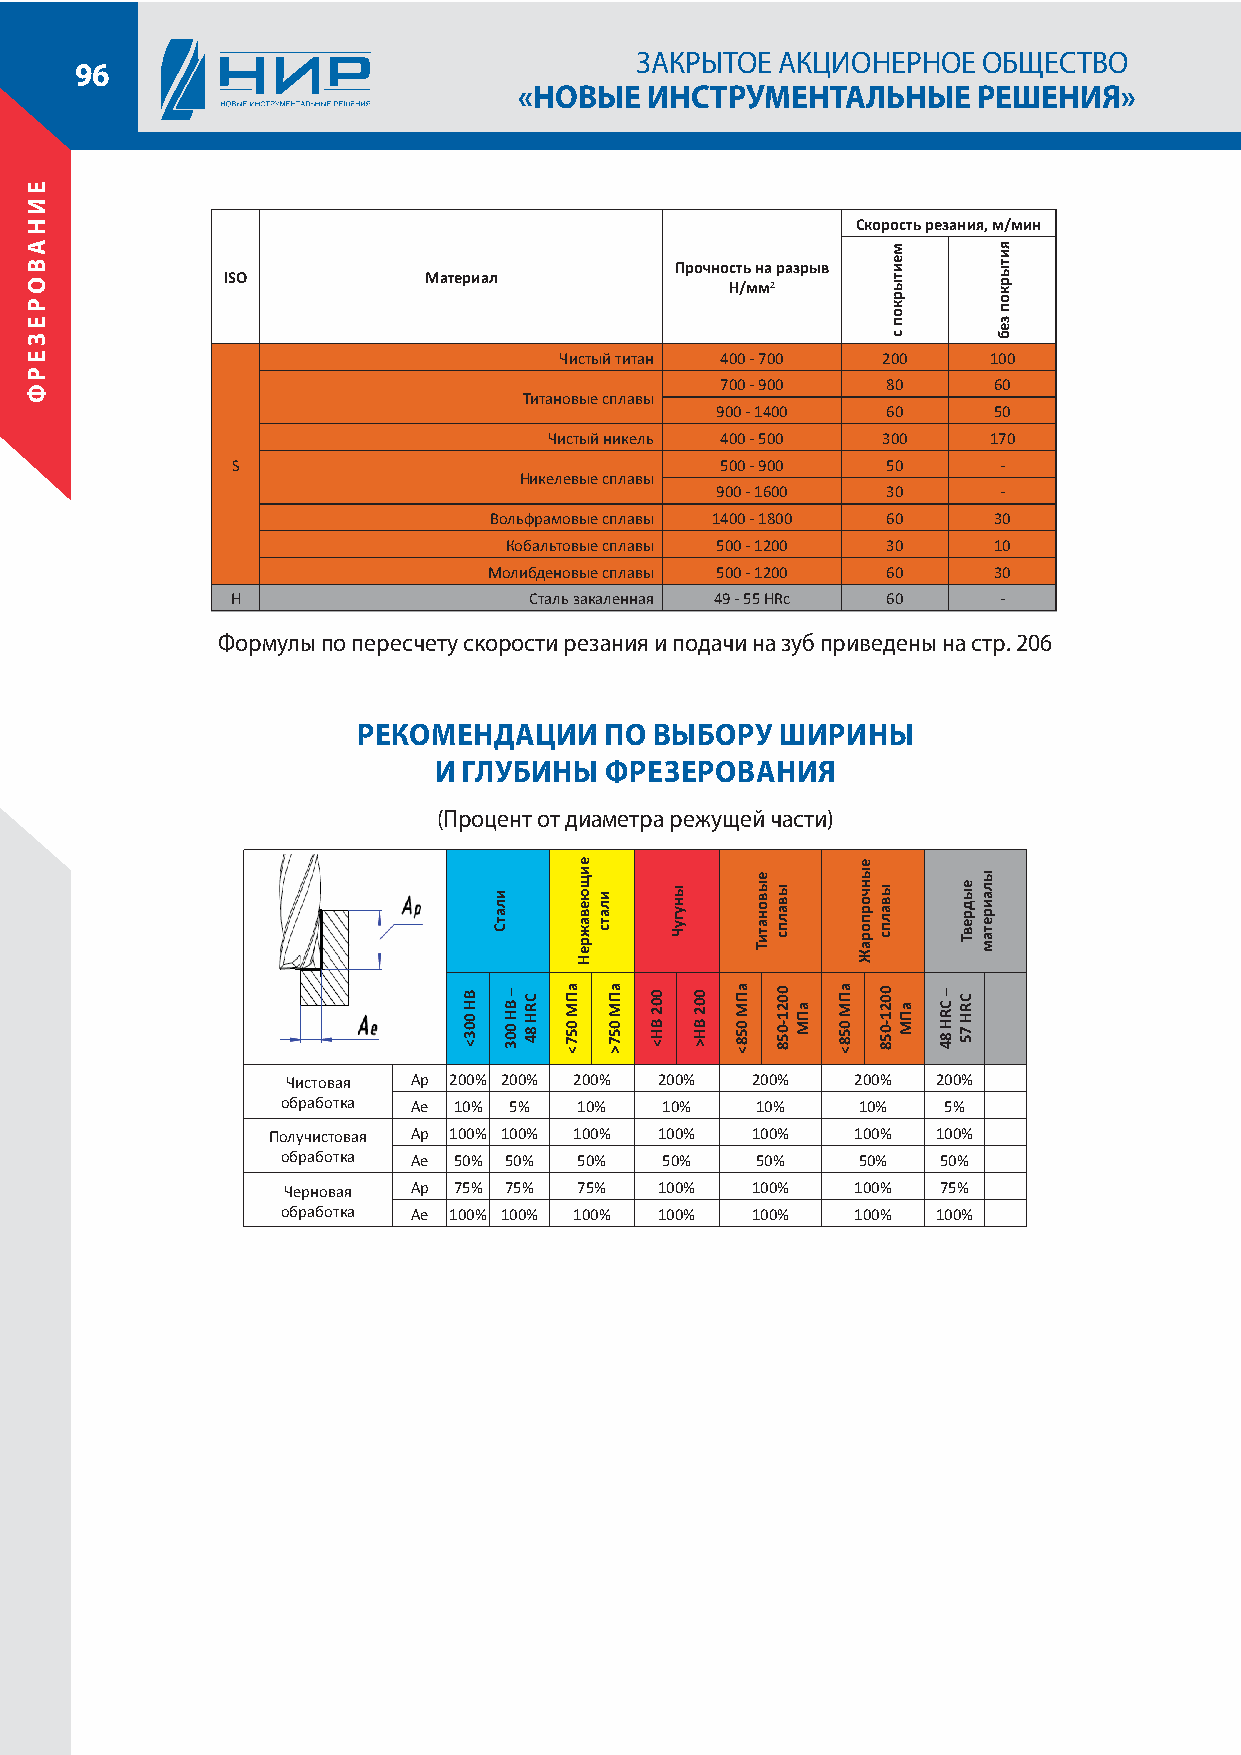
ЗАКРЫТОЕ АКЦИОНЕРНОЕ   ОБЩЕСТВО
 96
 «НОВЫЕ   ИНСТРУМЕНТАЛЬНЫЕ      РЕШЕНИЯ»
 Скорость резания, м/мин
 Прочность на разрыв
 ISO          Материал
 H/мм2
 Чистый титан 400 - 700 200  100
 700 - 900  80     60
 Титановые сплавы
 900 - 1400  60     50
 Чистый никель 400 - 500 300  170
 S                                500 - 900  50     -
 Никелевые сплавы
 900 - 1600  30     -
 Вольфрамовые сплавы 1400 - 1800 60 30
 Кобальтовые сплавы 500 - 1200 30 10
 Молибденовые сплавы 500 - 1200 60 30
 H                   Сталь закаленная 49 - 55 HRc 60 -
 Формулы по пересчету скорости резания и подачи на зуб приведены на стр. 206
 РЕКОМЕНДАЦИИ    ПО ВЫБОРУ   ШИРИНЫ
 И ГЛУБИНЫ  ФРЕЗЕРОВАНИЯ
 (Процент от диаметра режущей части)
 Чистовая Ap 200% 200% 200% 200% 200%  200% 200%
 обработка Ae 10% 5% 10%  10%   10%    10%  5%
 Получистовая Ap 100% 100% 100% 100% 100% 100% 100%
 обработка Ae 50% 50% 50% 50%   50%    50%  50%
 Черновая Ap 75% 75% 75%  100%  100%   100% 75%
 обработка Ae 100% 100% 100% 100% 100% 100% 100%
 ЕИНАВОРЕЗЕРФ
 BH
 003<
 илатС
 – BH
 003
 CRH
 84
 аПМ
 057<
 еищюеважреН
 илатс
 аПМ
 057>
 002
 BH<
 ынугуЧ
 002
 BH>
 аПМ
 058<
 еывонатиТ
 ывалпс
 0021-058 аПМ аПМ
 058<
 еынчорпораЖ
 ывалпс
 0021-058
 меитыркоп
 с
 аПМ – CRH
 84
 еыдревТ
 CRH
 75
 ылаиретам
 яитыркоп
 зеб